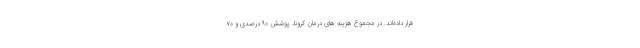
قرار داده‌اند. در مجموع هزینه های درمان کرونا، پوشش ۹۰ درصدی و ۷۰